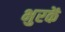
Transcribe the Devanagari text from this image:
भुरकें